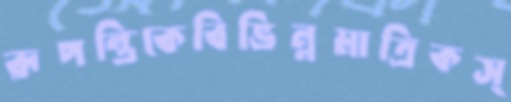
রূপন্তিকেবিভিন্নমাত্রিকস্